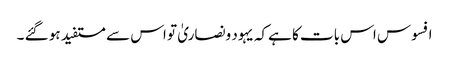
افسوس اس بات کا ہےکہ یہود ونصاریٰ تو اس سے مستفید ہو گئے ۔